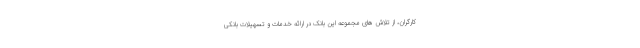
کارگران، از تلاش های مجموعه این بانک در ارائه خدمات و تسهیلات بانکی